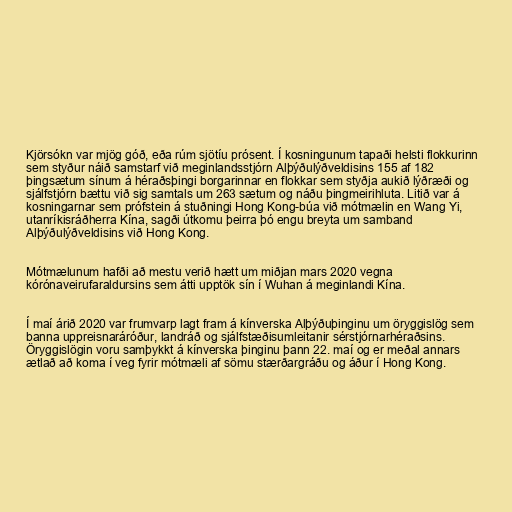
Kjörsókn var mjög góð, eða rúm sjötíu prósent. Í kosningunum tapaði helsti flokkurinn
sem styður náið samstarf við meginlandsstjórn Alþýðulýðveldisins 155 af 182
þingsætum sínum á héraðsþingi borgarinnar en flokkar sem styðja aukið lýðræði og
sjálfstjórn bættu við sig samtals um 263 sætum og náðu þingmeirihluta. Litið var á
kosningarnar sem prófstein á stuðningi Hong Kong-búa við mótmælin en Wang Yi,
utanríkisráðherra Kína, sagði útkomu þeirra þó engu breyta um samband
Alþýðulýðveldisins við Hong Kong.

Mótmælunum hafði að mestu verið hætt um miðjan mars 2020 vegna
kórónaveirufaraldursins sem átti upptök sín í Wuhan á meginlandi Kína.

Í maí árið 2020 var frumvarp lagt fram á kínverska Alþýðuþinginu um öryggislög sem
banna uppreisnaráróður, landráð og sjálf­stæðisumleitanir sér­stjórn­ar­héraðsins.
Öryggislögin voru samþykkt á kínverska þinginu þann 22. maí og er meðal annars
ætlað að koma í veg fyrir mótmæli af sömu stærðargráðu og áður í Hong Kong.